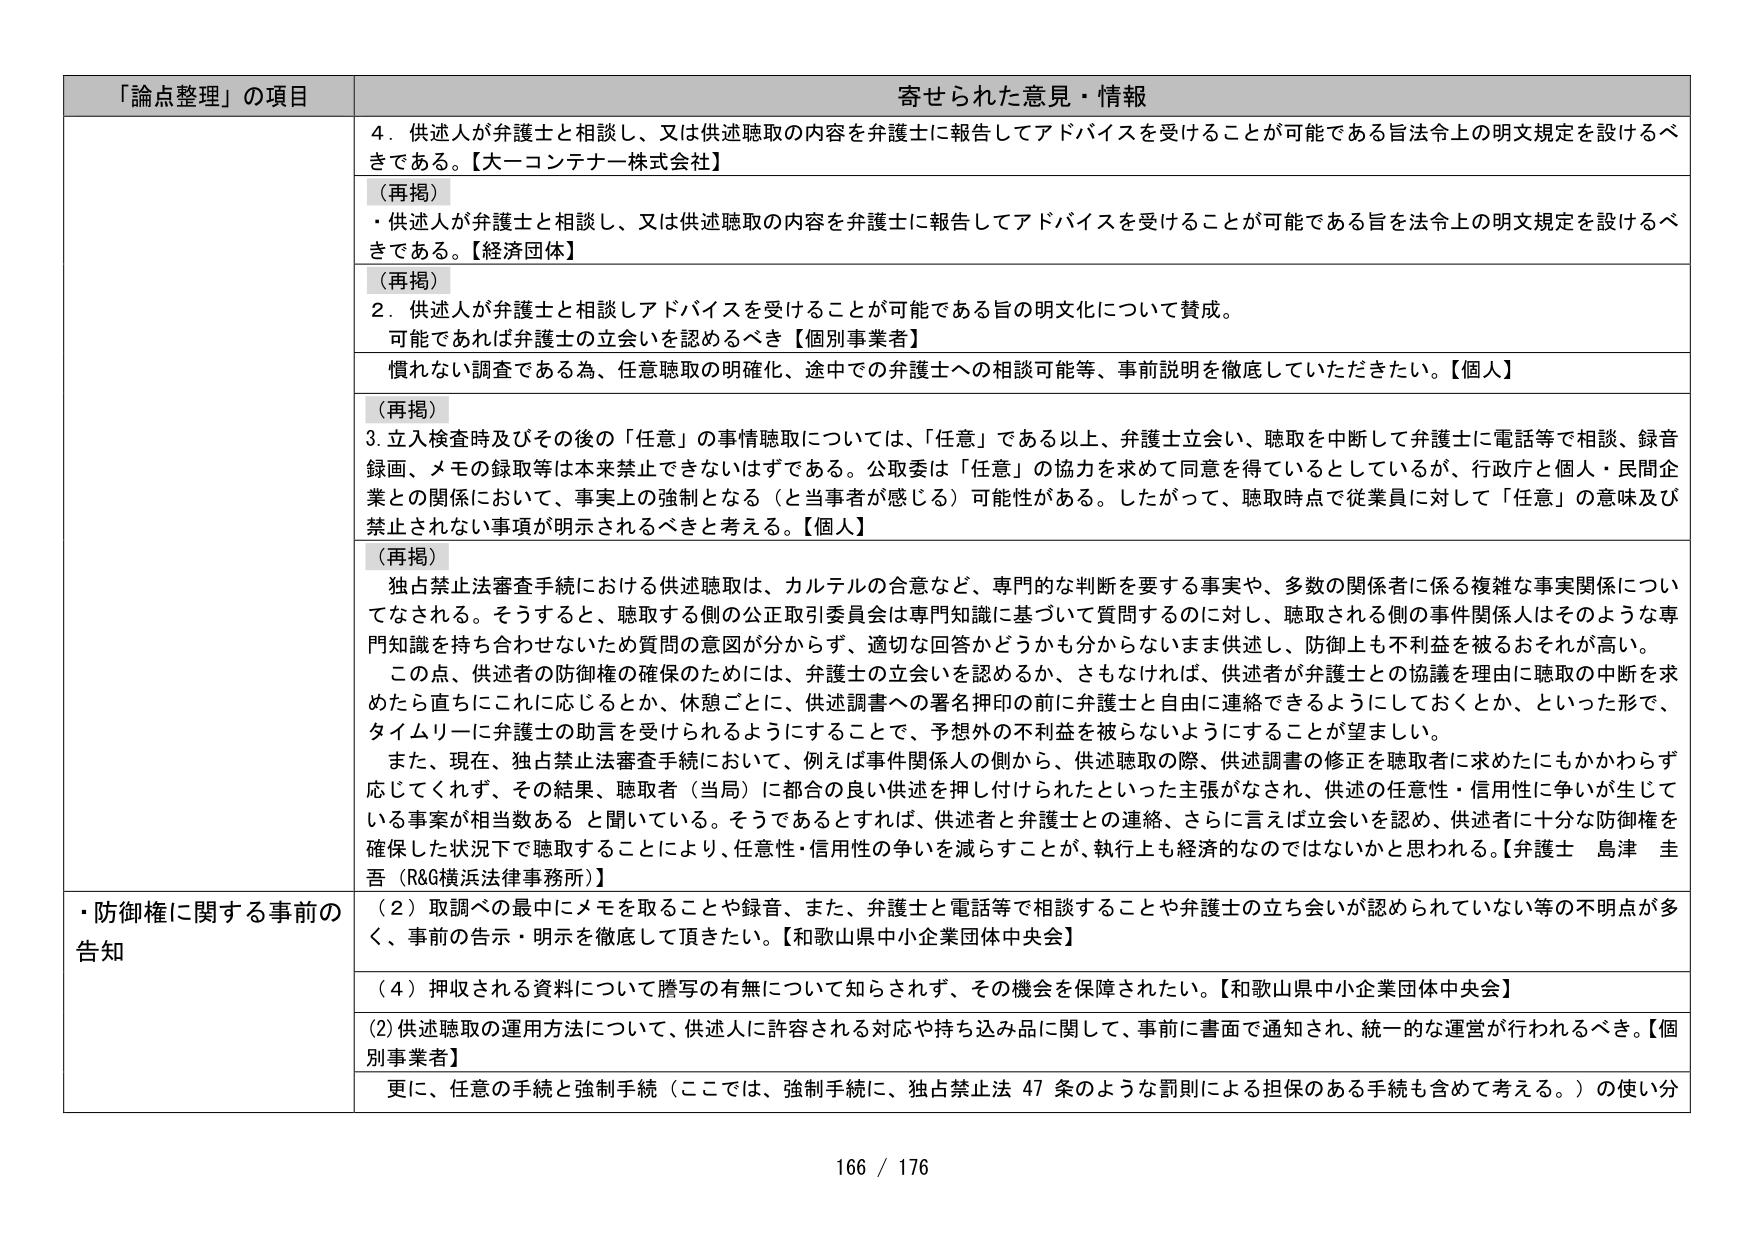
「論点整理」の項目 寄せられた意見・情報
4．供述人が弁護士と相談し、又は供述聴取の内容を弁護士に報告してアドバイスを受けることが可能である旨法令上の明文規定を設けるべきである。【大一コンテナ株式会社】
（再掲）
・供述人が弁護士と相談し、又は供述聴取の内容を弁護士に報告してアドバイスを受けることが可能である旨を法令上の明文規定を設けるべきである。【経済団体】
（再掲）
2．供述人が弁護士と相談しアドバイスを受けることが可能である旨の明文化について賛成。
可能であれば弁護士の立会いを認めるべき【個別事業者】
慣れない調査である為、任意聴取の明確化、途中での弁護士への相談可能等、事前説明を徹底していただきたい。【個人】
（再掲）
3．立入検査時及びその後の「任意」の事情聴取については、「任意」である以上、弁護士立会い、聴取を中断して弁護士に電話等で相談、録音録画、メモの録取等は本来禁止できなはずである。公取委は「任意」の協力を求めて同意を得ているとしているが、行政庁と個人・民間企業との関係において、事実上の強制となる（と当事者が感じる）可能性がある。したがって、聴取時点で従業員に対して「任意」の意味及び禁止されない事項が明示されるべきと考える。【個人】
（再掲）
独占禁止法審査手続における供述聴取は、カルテルの合意など、専門的な判断を要する事実や、多数の関係者に係る複雑な事実関係についてなされる。そうすると、聴取する側の公正取引委員会は専門知識に基づいて質問するのに対し、聴取される側の事件関係人はそのような専門知識を持ち合わせないため質問の意図が分からず、適切な回答かどうかも分からないまま供述し、防御上も不利益を被るおそれが高い。
この点、供述者の防御権の確保のためには、弁護士の立会いを認めるか、さもなければ、供述者が弁護士との協議を理由に聴取の中断を求めたら直ちにこれに応じるとか、休憩ごとに、供述調書への署名押印の前に弁護士と自由に連絡できるようにしておくとか、といった形で、タイムリーに弁護士の助言を受けられるようにすることで、予想外の不利益を被らないことが望ましい。
また、現在、独占禁止法審査手続において、例えば事件関係人の側から、供述聴取の際、供述調書の修正を聴取者に求めたにもかかわらず応じてくれず、その結果、聴取者（当局）に都合の良い供述を押し付けられたといった主張がなされ、供述の任意性・信用性に争いが生じている事案が相当数ある と聞いている。そうであるとすれば、供述者と弁護士との連絡、さらには立会いを認め、供述者に十分な防御権を確保した状況下で聴取することにより、任意性・信用性の争いを減らすことが、執行上も経済的なのではないかと思われる。【弁護士 島津 圭吾（R&G横浜法律事務所）】
・防御権に関する事前の告知
（2）取調べの最中にメモを取ることや録音、また、弁護士と電話等で相談することや弁護士の立ち会いが認められていない等の不明点が多く、事前の告示・明示を徹底して頂きたい。【和歌山県中小企業団体中央会】
（4）押収される資料について謄写の有無について知らされず、その機会を保障されたい。【和歌山県中小企業団体中央会】
(2)供述聴取の運用方法について、供述人に許容される対応や持ち込み品に関して、事前に書面で通知され、統一的な運営が行われるべき。【個別事業者】
更に、任意の手続と強制手続（ここでは、強制手続に、独占禁止法 47 条のような罰則による担保のある手続も含めて考える。）の使い分
166 / 176